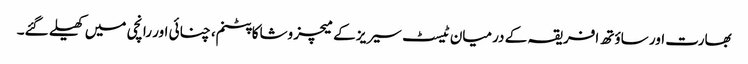
بھارت اور ساؤتھ افریقہ کے درمیان ٹیسٹ سیریز کے میچز وشاکاپٹنم، چنائی اور رانچی میں کھیلے گئے۔